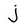
Character: j